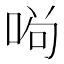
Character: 𠴣